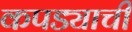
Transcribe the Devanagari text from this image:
कपड्याची